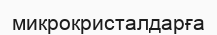
микрокристалдарға